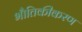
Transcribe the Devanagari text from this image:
भौतिकीकरण